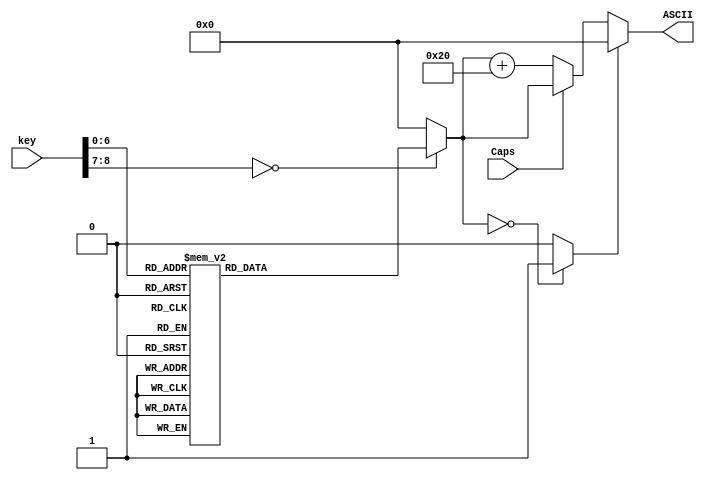
`timescale 1ns / 1ps
//////////////////////////////////////////////////////////////////////////////////
// Company: 
// Engineer: 
// 
// Design Name: 
// Module Name: KeyASCIIDecoder
// Project Name: 
// Target Devices: 
// Tool Versions: 
// Description: 
// 
// Dependencies: 
// 
// Revision:
// Revision 0.01 - File Created
// Additional Comments:
// 
//////////////////////////////////////////////////////////////////////////////////
`define KEY_A {1'b0 , 8'h1C}
`define KEY_B {1'b0 , 8'h32}
`define KEY_C {1'b0 , 8'h21}
`define KEY_D {1'b0 , 8'h23}
`define KEY_E {1'b0 , 8'h24}
`define KEY_F {1'b0 , 8'h2B}
`define KEY_G {1'b0 , 8'h34}
`define KEY_H {1'b0 , 8'h33}
`define KEY_I {1'b0 , 8'h43}
`define KEY_J {1'b0 , 8'h3B}
`define KEY_K {1'b0 , 8'h42}
`define KEY_L {1'b0 , 8'h4B}
`define KEY_M {1'b0 , 8'h3A}
`define KEY_N {1'b0 , 8'h31}
`define KEY_O {1'b0 , 8'h44}
`define KEY_P {1'b0 , 8'h4D}
`define KEY_Q {1'b0 , 8'h15}
`define KEY_R {1'b0 , 8'h2D}
`define KEY_S {1'b0 , 8'h1B}
`define KEY_T {1'b0 , 8'h2C}
`define KEY_U {1'b0 , 8'h3C}
`define KEY_V {1'b0 , 8'h2A}
`define KEY_W {1'b0 , 8'h1D}
`define KEY_X {1'b0 , 8'h22}
`define KEY_Y {1'b0 , 8'h35}
`define KEY_Z {1'b0 , 8'h1A}

`define ASCII_A 8'h41
`define ASCII_B 8'h42
`define ASCII_C 8'h43
`define ASCII_D 8'h44
`define ASCII_E 8'h45
`define ASCII_F 8'h46
`define ASCII_G 8'h47
`define ASCII_H 8'h48
`define ASCII_I 8'h49
`define ASCII_J 8'h4A
`define ASCII_K 8'h4B
`define ASCII_L 8'h4C
`define ASCII_M 8'h4D
`define ASCII_N 8'h4E
`define ASCII_O 8'h4F
`define ASCII_P 8'h50
`define ASCII_Q 8'h51
`define ASCII_R 8'h52
`define ASCII_S 8'h53
`define ASCII_T 8'h54
`define ASCII_U 8'h55
`define ASCII_V 8'h56
`define ASCII_W 8'h57
`define ASCII_X 8'h58
`define ASCII_Y 8'h59
`define ASCII_Z 8'h5A

module KeyASCIIDecoder(
    input [8:0]key,
    input Caps,///jgO1
    output reg [7:0]ASCII
    );
    reg [7:0]ASCII_;
    wire en;
    always@*
    case(key)
    `KEY_A: ASCII_ = `ASCII_A;
    `KEY_B: ASCII_ = `ASCII_B;
    `KEY_C: ASCII_ = `ASCII_C;
    `KEY_D: ASCII_ = `ASCII_D;
    `KEY_E: ASCII_ = `ASCII_E;
    `KEY_F: ASCII_ = `ASCII_F;
    `KEY_G: ASCII_ = `ASCII_G;
    `KEY_H: ASCII_ = `ASCII_H;
    `KEY_I: ASCII_ = `ASCII_I;
    `KEY_J: ASCII_ = `ASCII_J;
    `KEY_K: ASCII_ = `ASCII_K;
    `KEY_L: ASCII_ = `ASCII_L;
    `KEY_M: ASCII_ = `ASCII_M;
    `KEY_N: ASCII_ = `ASCII_N;
    `KEY_O: ASCII_ = `ASCII_O;
    `KEY_P: ASCII_ = `ASCII_P; 
    `KEY_Q: ASCII_ = `ASCII_Q;
    `KEY_R: ASCII_ = `ASCII_R;
    `KEY_S: ASCII_ = `ASCII_S;
    `KEY_T: ASCII_ = `ASCII_T;
    `KEY_U: ASCII_ = `ASCII_U;
    `KEY_V: ASCII_ = `ASCII_V;
    `KEY_W: ASCII_ = `ASCII_W;
    `KEY_X: ASCII_ = `ASCII_X;
    `KEY_Y: ASCII_ = `ASCII_Y;
    `KEY_Z: ASCII_ = `ASCII_Z;
    default: ASCII_ = 0;
    endcase
    ///jpg
    assign en = (ASCII_ == 0) ? 1:0;
    always@*
    if(en)
        ASCII = 0;
    else if(Caps==1)
        ASCII = ASCII_;
   else
        ASCII = ASCII_ + 32;
        
    
endmodule